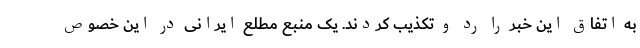
به اتفاق این خبر را رد و تکذیب کردند. یک منبع مطلع ایرانی در این خصوص